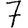
Digit: 7